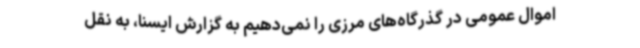
اموال عمومی در گذرگاه‌های مرزی را نمی‌دهیم به گزارش ایسنا، به نقل